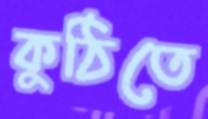
কুঠিতে